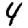
Digit: 4